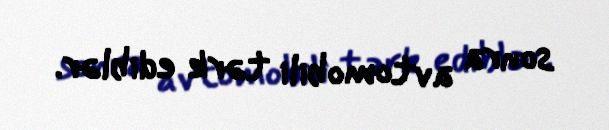
sonra avtomobili tərk ediblər.